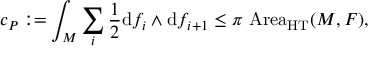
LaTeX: c _ { P } : = \int _ { M } \sum _ { i } { \frac { 1 } { 2 } } \mathrm { d } f _ { i } \wedge \mathrm { d } f _ { i + 1 } \leq \pi \, \operatorname { A r e a } _ { \mathrm { H T } } ( M , F ) ,